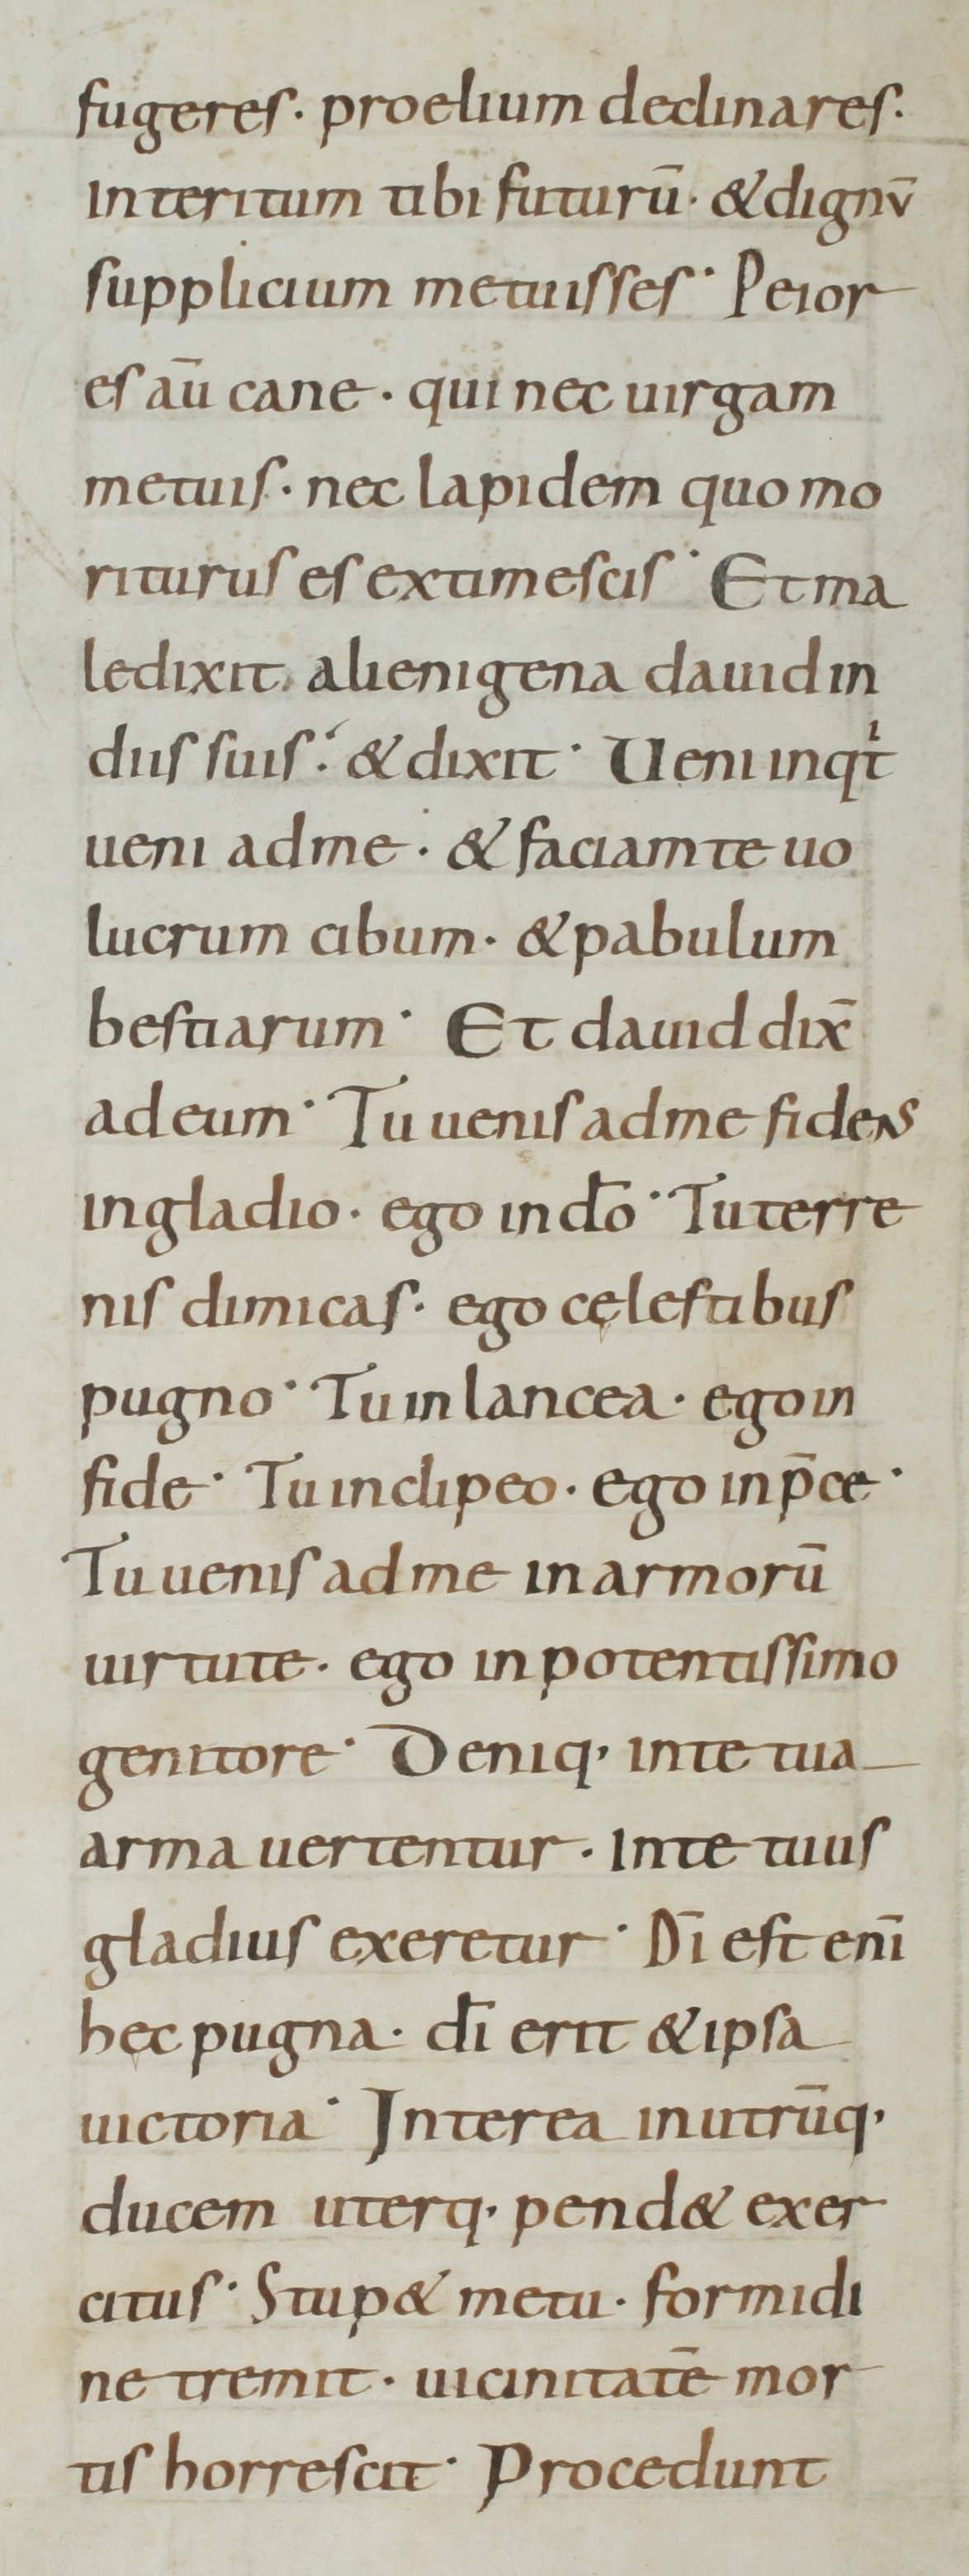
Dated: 800–899